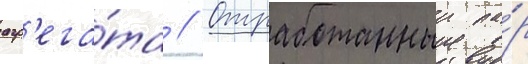
агр'ега́та // Отработанныи па́р